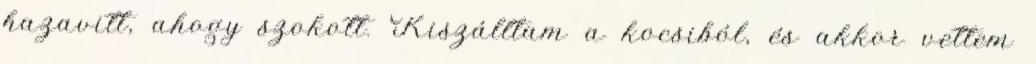
hazavitt, ahogy szokott. Kiszálltam a kocsiból, és akkor vettem